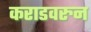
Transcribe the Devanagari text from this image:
कराडवरुन